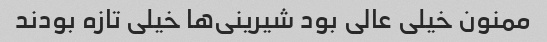
ممنون خیلی عالی بود شیرینی‌ها خیلی تازه بودند